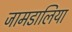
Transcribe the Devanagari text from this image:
जामडालिया